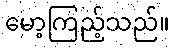
မော့ကြည့်သည်။